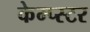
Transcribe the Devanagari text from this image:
केम्प्स्टर